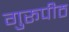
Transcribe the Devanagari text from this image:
गुरूपीठ